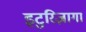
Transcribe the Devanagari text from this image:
इटुरिज़ागा